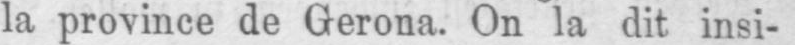
la province de Gerona. On la dit insi-